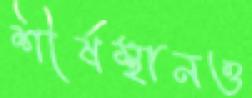
শীর্ষস্থানও